Leaving Certificate Examination (including Day School Certificate (Higher) General paper), 1933
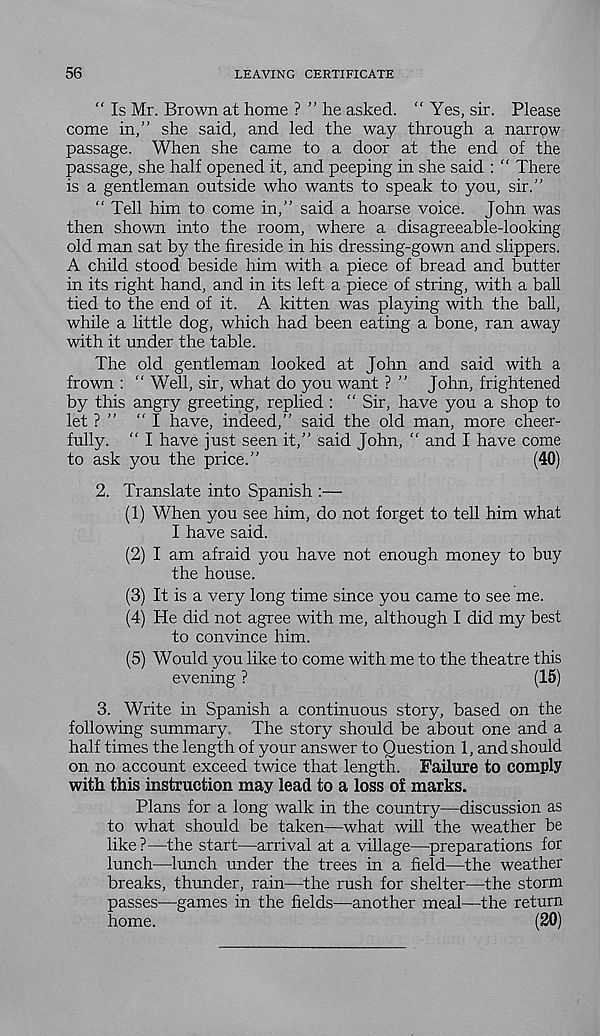
56
LEAVING CERTIFICATE
“ Is Mr. Brown at home ? ” he asked. “ Yes, sir. Please
come in,” she said, and led the way through a narrpw
passage. When she came to a door at the end of the
passage, she half opened it, and peeping in she said : “ There
is a gentleman outside who wants to speak to you, sir.”
“ Tell him to come in,” said a hoarse voice. John was
then shown into the room, where a disagreeable-looking
old man sat by the fireside in his dressing-gown and slippers.
A child stood beside him with a piece of bread and butter
in its right hand, and in its left a piece of string, with a ball
tied to the end of it. A kitten was playing with the ball,
while a little dog, which had been eating a bone, ran away
with it under the table.
The old gentleman looked at John and said with a
frown : “ Well, sir, what do you want ? ” John, frightened
by this angry greeting, replied : “ Sir, have you a shop to
let ? ” "I have, indeed,” said the old man, more cheer-
fully. ” I have just seen it,” said John, “ and I have come
to ask you the price.”
(40)
2. Translate into Spanish :—
(1) When you see him, do not forget to tell him what
I have said.
(2) I am afraid you have not enough money to buy
the house.
(3) It is a very long time since you came to see me.
(4) He did not agree with me, although I did my best
to convince him.
(5) Would you like to come with me to the theatre this
evening ?
(15)
3. Write in Spanish a continuous story, based on the
following summary The story should be about one and a
half times the length of your answer to Question 1, and should
on no account exceed twice that length. Failure to comply
with this instruction may lead to a loss of marks.
Plans for a long walk in the country—discussion as
to what should be taken—what will the weather be
like ?—the start—arrival at a village—^preparations for
lunch—lunch under the trees in a field—the weather
breaks, thunder, rain—the rush for shelter—the storm
passes—games in the fields—another meal—the return
home.
(20)